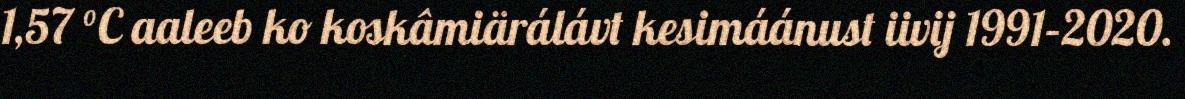
1,57 °C aaleeb ko koskâmiärálávt kesimáánust iivij 1991–2020.